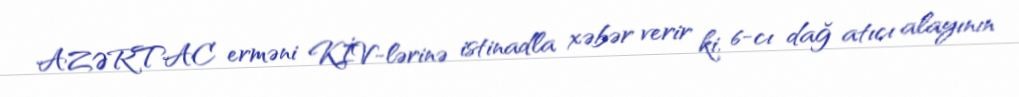
AZƏRTAC erməni KİV-lərinə istinadla xəbər verir ki, 6-cı dağ atıcı alayının